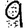
Digit: 9